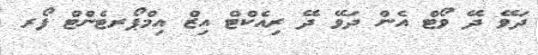
ދަވޭ ދޭ ވޯޓް އެން ދަވޭ ދޭ ރިއެކްޓް އިޒް އިމްޕޯރޓެންޓް ފޯރ